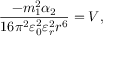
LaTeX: { \frac { - m _ { 1 } ^ { 2 } \alpha _ { 2 } } { 1 6 \pi ^ { 2 } \varepsilon _ { 0 } ^ { 2 } \varepsilon _ { r } ^ { 2 } r ^ { 6 } } } = V ,